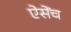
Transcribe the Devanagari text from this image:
ऐसेंच